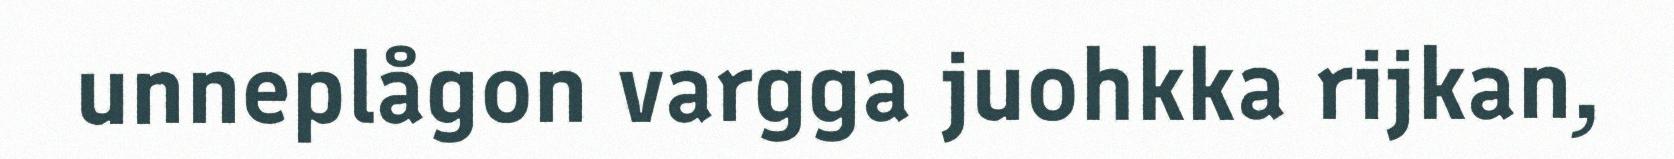
unneplågon vargga juohkka rijkan,